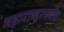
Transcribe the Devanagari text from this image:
महाराष्ट्रापर्यंत